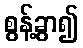
စွန့်ခွာ၍